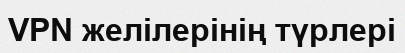
VPN желілерінің түрлері